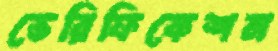
ভেরিফিকেশন